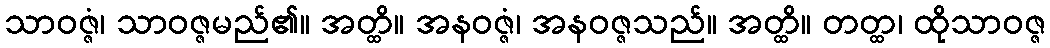
သာဝဇ္ဇံ၊ သာဝဇ္ဇမည်၏။ အတ္ထိ။ အနဝဇ္ဇံ၊ အနဝဇ္ဇသည်။ အတ္ထိ။ တတ္ထ၊ ထိုသာဝဇ္ဇ